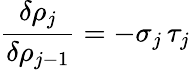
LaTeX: \frac{\delta\rho_{j}}{\delta\rho_{j-1}}=-\sigma_{j}\, \tau_{j}